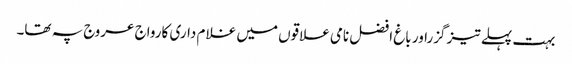
بہت پہلے تیز گزراور باغ افضل نامی علاقوں میں غلا م داری کارواج عروج پہ تھا۔